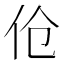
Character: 伧